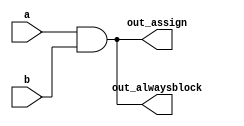
module top_module (
    input wire a,
    input wire b,
    output wire out_assign,
    output reg out_alwaysblock
);

    // Using an assign statement to drive out_assign
    assign out_assign = a & b;

    // Using a combinational always block to drive out_alwaysblock
    always @(a or b) begin
        out_alwaysblock = a & b;
    end

endmodule